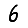
Digit: 6